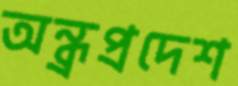
অন্ধ্রপ্রদেশ